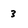
Character: 3